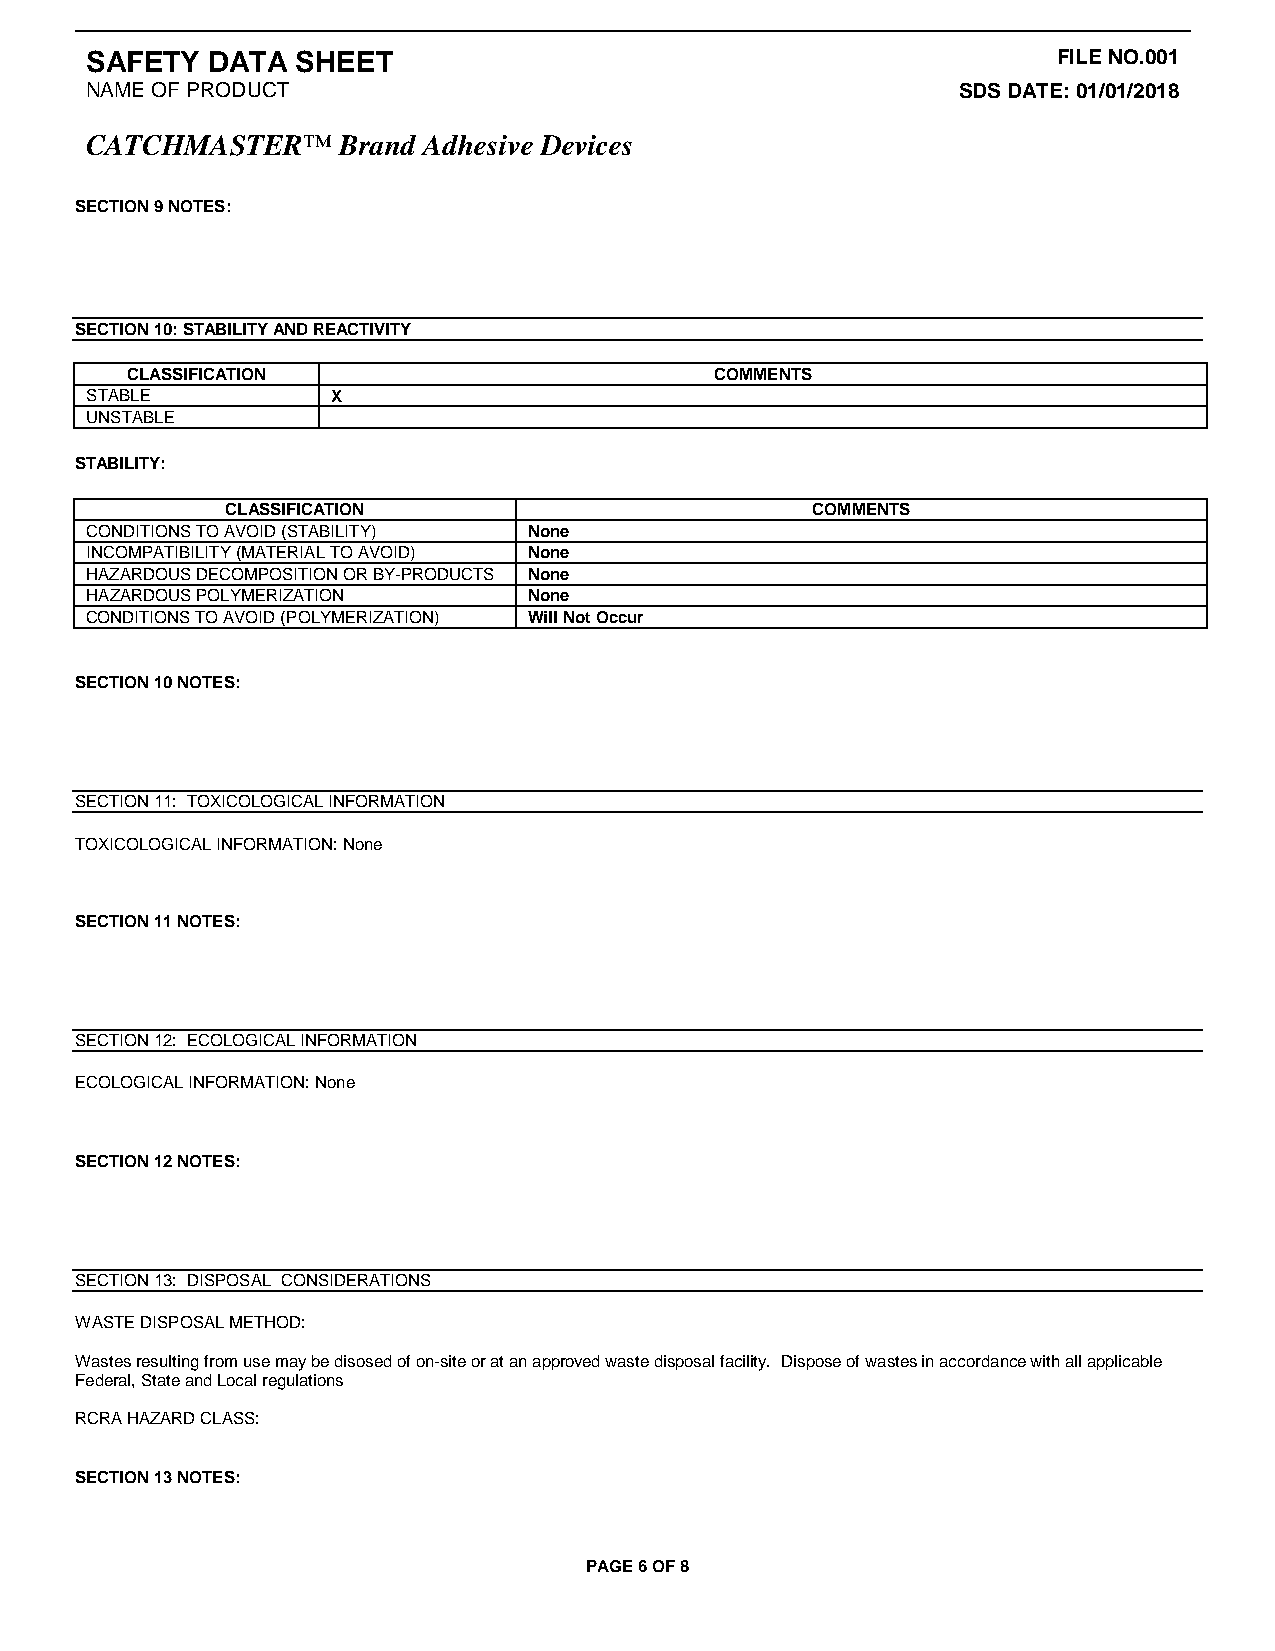
SAFETY  DATA  SHEET                                             FILE NO.001
 NAME OF PRODUCT                                          SDS DATE: 01/01/2018
 CATCHMASTER™     Brand Adhesive Devices
 SECTION 9 NOTES:
 SECTION 10: STABILITY AND REACTIVITY
 CLASSIFICATION                         COMMENTS
 STABLE          X
 UNSTABLE
 STABILITY:
 CLASSIFICATION                         COMMENTS
 CONDITIONS TO AVOID (STABILITY) None
 INCOMPATIBILITY (MATERIAL TO AVOID) None
 HAZARDOUS DECOMPOSITION OR BY-PRODUCTS None
 HAZARDOUS POLYMERIZATION     None
 CONDITIONS TO AVOID (POLYMERIZATION) Will Not Occur
 SECTION 10 NOTES:
 SECTION 11: TOXICOLOGICAL INFORMATION
 TOXICOLOGICAL INFORMATION: None
 SECTION 11 NOTES:
 SECTION 12: ECOLOGICAL INFORMATION
 ECOLOGICAL INFORMATION: None
 SECTION 12 NOTES:
 SECTION 13: DISPOSAL CONSIDERATIONS
 WASTE DISPOSAL METHOD:
 Wastes resulting from use may be disosed of on-site or at an approved waste disposal facility. Dispose of wastes in accordance with all applicable
 Federal, State and Local regulations
 RCRA HAZARD CLASS:
 SECTION 13 NOTES:
 PAGE 6 OF 8